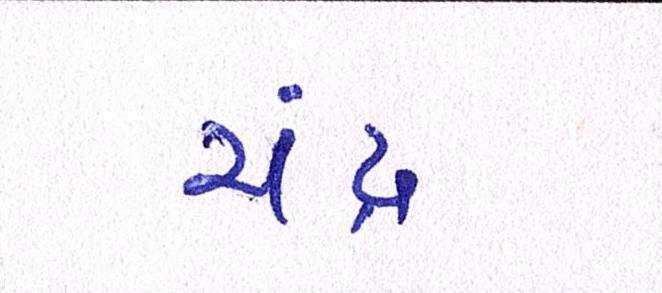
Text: ચંદ્ર